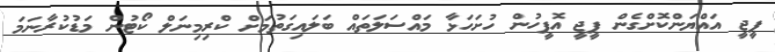
ޕީޖީ އައްޔަންކޮށްގެން ޕީޖީ އޮފީހުން ހުށަހަޅާ މައްސަލަތައް ބަލައިގަތުމަށް ކްރިމިނަލް ކޯޓުން މަޑުކުރާނަމަ